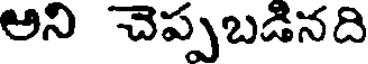
అని చెప్పబడినది